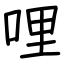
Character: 哩